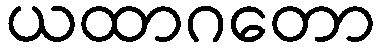
ယထာဂတော